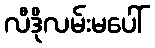
လီဒိုလမ်းမပေါ်